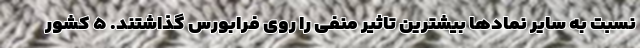
نسبت به سایر نمادها بیشترین تاثیر منفی را روی فرابورس گذاشتند. ۵ کشور